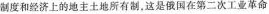
制度和经济上的地主土地所有制，这是俄国在第二次工业革命